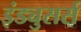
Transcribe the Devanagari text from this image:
इंड्युसर्स